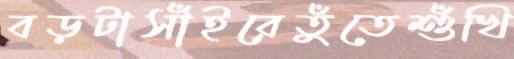
বড়টাসাঁইরেতুঁতেশুঁখি